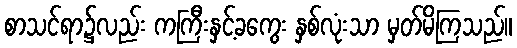
စာသင်ရာ၌လည်း ကကြီးနှင့်ခကွေး နှစ်လုံးသာ မှတ်မိကြသည်။